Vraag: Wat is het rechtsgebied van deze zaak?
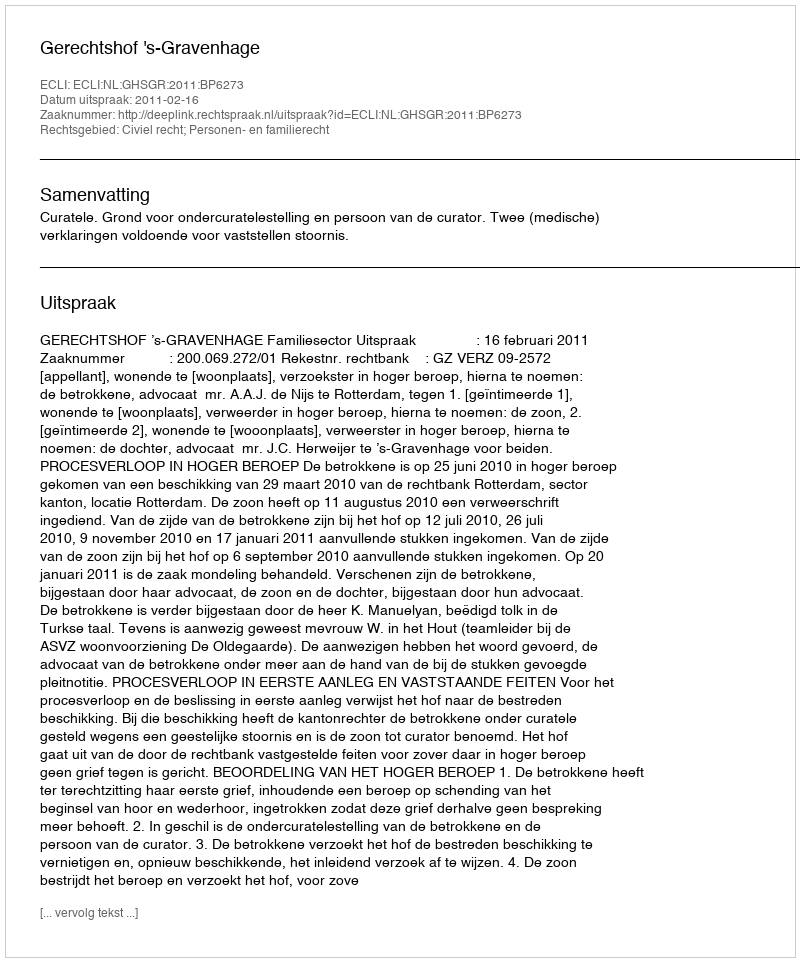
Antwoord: Civiel recht; Personen- en familierecht